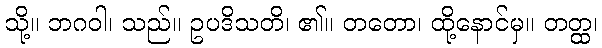
သို့။ ဘဂဝါ၊ သည်။ ဥပဒိသတိ၊ ၏။ တတော၊ ထို့နောင်မှ။ တတ္ထ၊